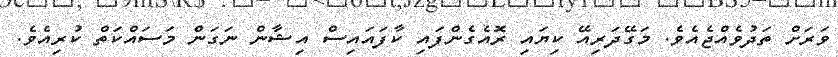
ވަރަށް ތަދުވެއްޖެއެވެ. މަގޭދަރިއޭ ކިޔައި ރޮއެގެންފައި ކާފައައިސް އިޝާން ނަގަން މަސައްކަތް ކުރިއެވެ.